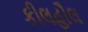
કીલહૌલ